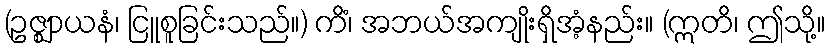
(ဥဇ္ဈာယနံ၊ ငြူစူခြင်းသည်။) ကိံ၊ အဘယ်အကျိုးရှိအံ့နည်း။ (ဣတိ၊ ဤသို့။